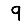
Digit: 9